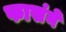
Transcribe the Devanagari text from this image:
फासंने